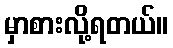
မှာစားလို့ရတယ်။